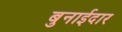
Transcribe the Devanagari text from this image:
बुनाईदार